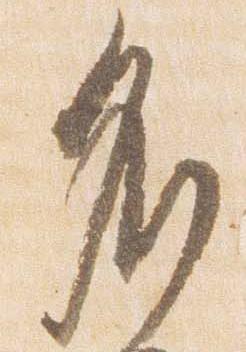
名